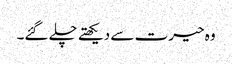
وہ حیرت سے دیکھتے چلے گئے۔